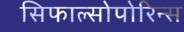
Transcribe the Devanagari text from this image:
सिफाल्सोपोरिन्स